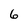
Character: 6